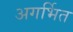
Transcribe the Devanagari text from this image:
अगर्भित